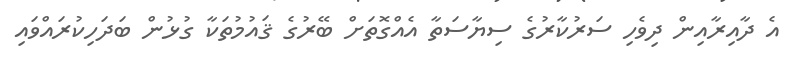
އެ ދާއިރާއިން ދިވެހި ސަރުކާރުގެ ސިޔާސަތާ އެއްގޮތަށް ބޭރުގެ ޤައުމުތަކާ ގުޅުން ބަދަހިކުރައްވައި